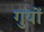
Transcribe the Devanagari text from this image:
गुयों